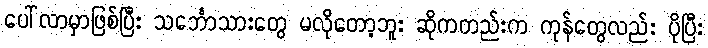
ပေါ်လာမှာဖြစ်ပြီး သင်္ဘောသားတွေ မလိုတော့ဘူး ဆိုကတည်းက ကုန်တွေလည်း ပိုပြီး